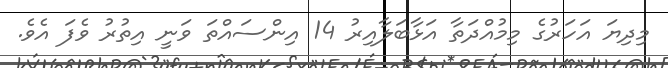
މިދިޔަ އަހަރުގެ މިމުއްދަތާ އަޅާބަލާއިރު 14 އިންސައްތަ ވަނީ އިތުރު ވެފަ އެވެ.